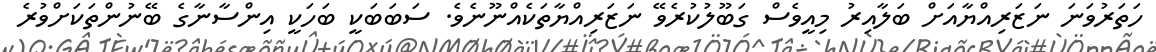
ހަތަރުވަނަ ނަޒަރިއްޔާއަށް ބަލާއިރު މިއީވެސް ގަބޫލުކުރެވޭ ނަޒަރިއްޔާތަކެއްނޫނެވެ. ސަބަބަކީ ބަހަކީ އިންސާނާގެ ބޭނުންތަކަށްވުރެ